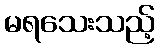
မရသေးသည့်